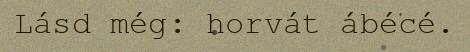
Lásd még: horvát ábécé.